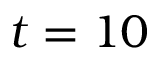
t = 1 0